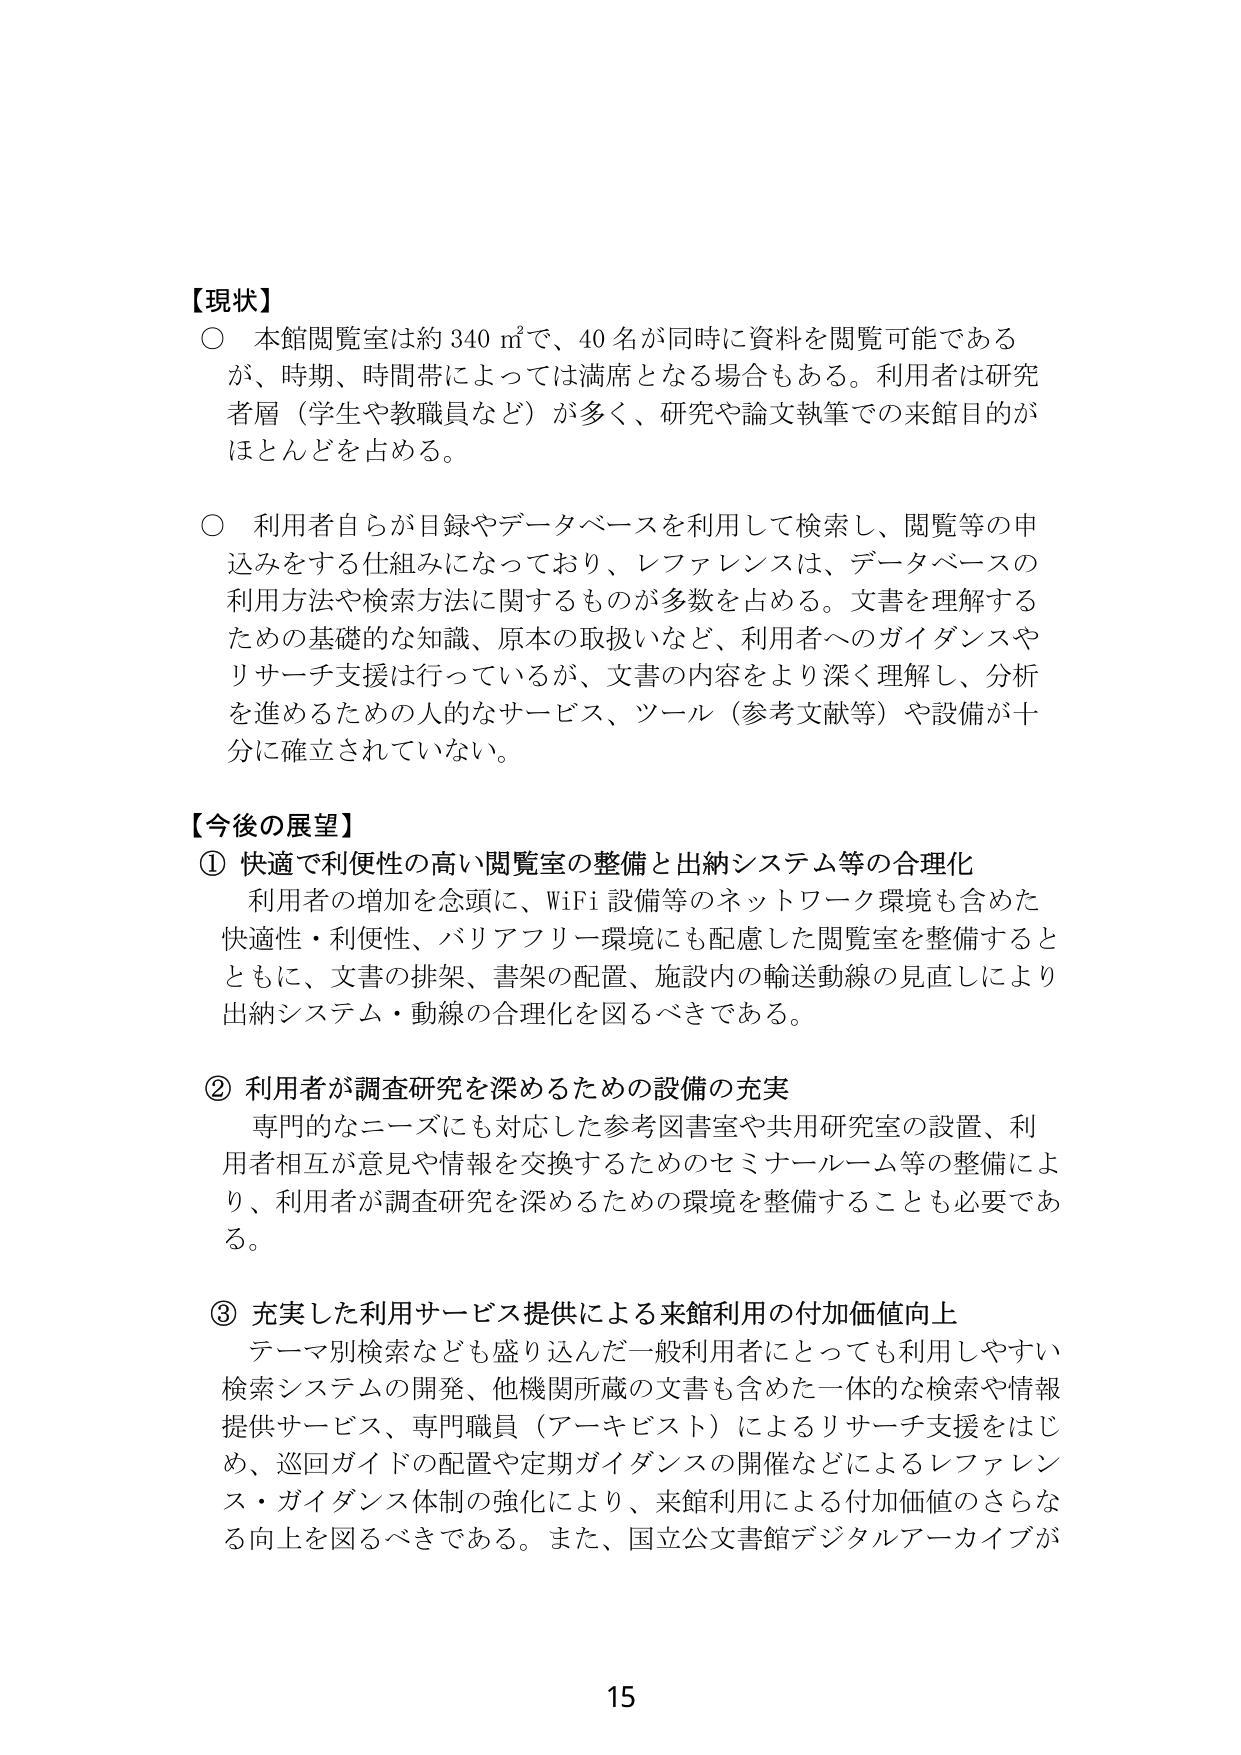
【現状】
○ 本館閲覧室は約 340 ㎡で、40 名が同時に資料を閲覧可能であるが、時期、時間帯によっては満席となる場合もある。利用者は研究者層（学生や教職員など）が多く、研究や論文執筆での来館目的がほとんどを占める。

○ 利用者自らが目録やデータベースを利用して検索し、閲覧等の申込みをする仕組みになっており、レファレンスは、データベースの利用方法や検索方法に関するものが多数を占める。文書を理解するための基礎的な知識、原本の取扱いなど、利用者へのガイダンスやリサーチ支援は行っているが、文書の内容をより深く理解し、分析を進めるための人的なサービス、ツール（参考文献等）や設備が十分に確立されていない。

【今後の展望】
① 快適で利便性の高い閲覧室の整備と出納システム等の合理化
　利用者の増加を念頭に、WiFi 設備等のネットワーク環境も含めた快適性・利便性、バリアフリー環境にも配慮した閲覧室を整備するとともに、文書の排架、書架の配置、施設内の輸送動線の見直しにより出納システム・動線の合理化を図るべきである。

② 利用者が調査研究を深めるための設備の充実
　専門的なニーズにも対応した参考図書室や共用研究室の設置、利用者相互が意見や情報を交換するためのセミナールーム等の整備により、利用者が調査研究を深めるための環境を整備することも必要である。

③ 充実した利用サービス提供による来館利用の付加価値向上
　テーマ別検索なども盛り込んだ一般利用者にとっても利用しやすい検索システムの開発、他機関所蔵の文書も含めた一体的な検索や情報提供サービス、専門職員（アーキビスト）によるリサーチ支援をはじめ、巡回ガイドの配置や定期ガイダンスの開催などによるレファレンス・ガイダンス体制の強化により、来館利用による付加価値のさらなる向上を図るべきである。また、国立公文書館デジタルアーカイブが

15